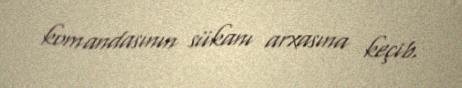
komandasının sükanı arxasına keçib.